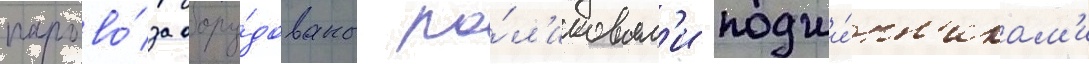
парово́за обору́дованы ро́л'иковым'и подши́пн'икам'и